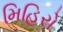
મિહિરો